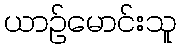
ယာဉ်မောင်းသူ